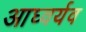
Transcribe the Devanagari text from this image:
आघ्वर्यव